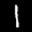
Label: 1